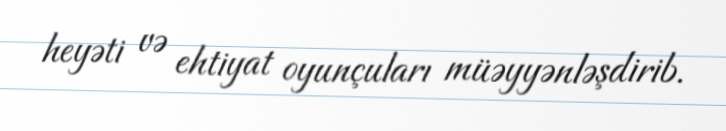
heyəti və ehtiyat oyunçuları müəyyənləşdirib.